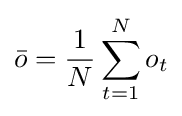
{\bar {o}}={\frac {1}{N}}\sum \limits _{t=1}^{N}o_{t}